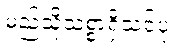
မည်သို့သစ္စာရှိသင့်ပုံ